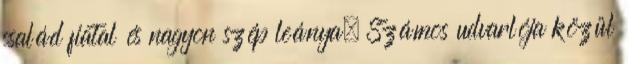
család fiatal és nagyon szép leánya. Számos udvarlója közül